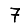
Digit: 7